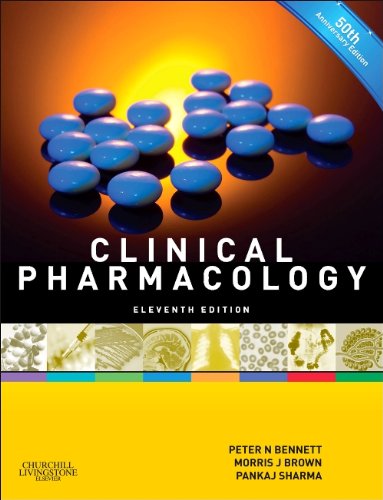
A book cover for Clinical Pharmacology, 11e; Peter N. Bennett MD FRCP DPMSA; Medical Books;